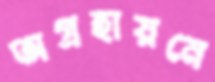
অগ্রহায়নে